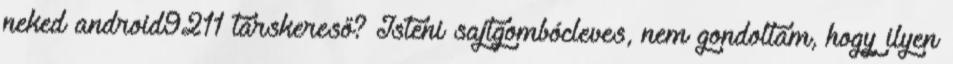
neked android9211 társkereső? Isteni sajtgombócleves, nem gondoltam, hogy ilyen